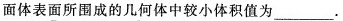
面体表面所围成的几何体中较小体积值为___.